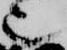
也